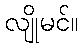
လျိုမင်။